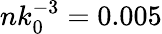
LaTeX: nk_{0}^{-3}=0.005